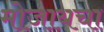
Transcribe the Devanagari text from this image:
मोजायचा